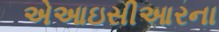
એઆઇસીઆરના